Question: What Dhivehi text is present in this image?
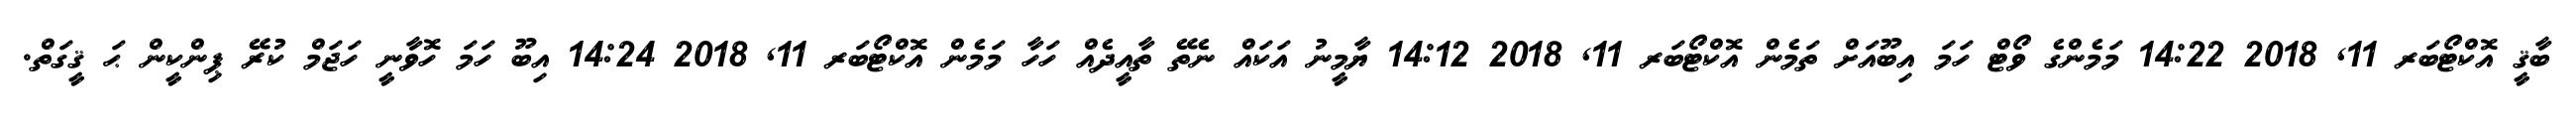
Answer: ބާޤީ އޮކްޓޯބަރ 11, 2018 14:22 މަމެންގެ ވޯޓް ހަމަ އިބޫއަށް ތަމެން އޮކްޓޯބަރ 11, 2018 14:12 ޔާމީނު އަކައް ނެތޭ ތާއީދެއް ހަހާ މަމެން އޮކްޓޯބަރ 11, 2018 14:24 އިބޫ ހަމަ ހޮވާނީ ހަޖަމް ކުރޭ ޕިންކީން ޙަ ޤީގަތް.